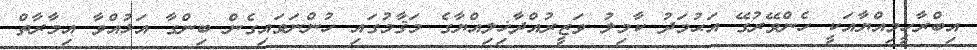
އިބްރާހީމިއްޔާއަކީ ހެންވޭރުގޭ އަޙުމަދު ކާމިލު ވަޒީރުއްދާޚިލިއްޔާގެ މަޤާމުގައި ހުންނަވައިގެން ބިންގާ އަޅުއްވާ އިމާރާތް